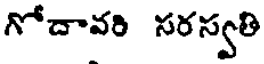
గోదావరి సరస్వతి